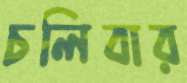
চলিবার